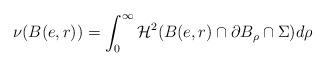
LaTeX: \begin{align*}\nu(B(e,r)) = \int_{0}^{\infty} \mathcal{H}^{2}(B(e,r) \cap \partial B_{\rho} \cap \Sigma) d\rho \end{align*}